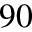
9 0